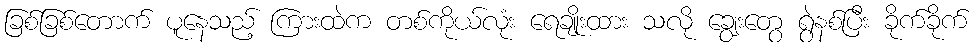
ခြစ်ခြစ်တောက် ပူနေသည့် ကြားထဲက တစ်ကိုယ်လုံး ရေချိုးထား သလို ချွေးတွေ ရွဲနစ်ပြီး ခိုက်ခိုက်